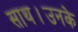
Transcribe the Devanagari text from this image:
साथ।उनके